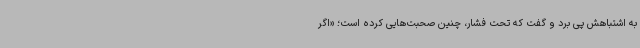
به اشتباهش پی برد و گفت که تحت فشار، چنین صحبت‌هایی کرده‌ است؛ «اگر